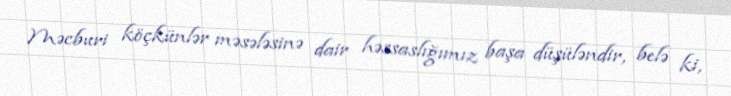
Məcburi köçkünlər məsələsinə dair həssaslığımız başa düşüləndir, belə ki,